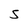
Character: S